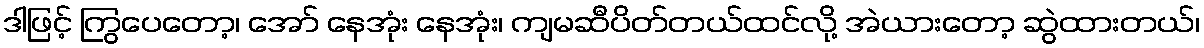
ဒါဖြင့် ကြွပေတော့၊ အော် နေအုံး နေအုံး၊ ကျမဆီပိတ်တယ်ထင်လို့ အဲယားတော့ ဆွဲထားတယ်၊